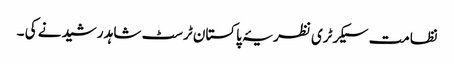
نظامت سیکرٹری نظریۂ پاکستان ٹرسٹ شاہد رشید نے کی ۔